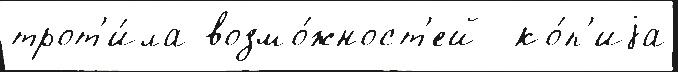
трот'и́ла возмо́жност'ей  ко́п'иjа